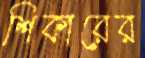
শিকারের